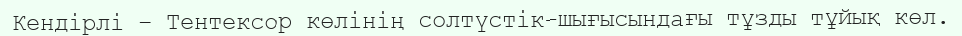
Кендірлі – Тентексор көлінің солтүстік-шығысындағы тұзды тұйық көл.